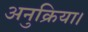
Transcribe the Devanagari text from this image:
अनुक्रिया।